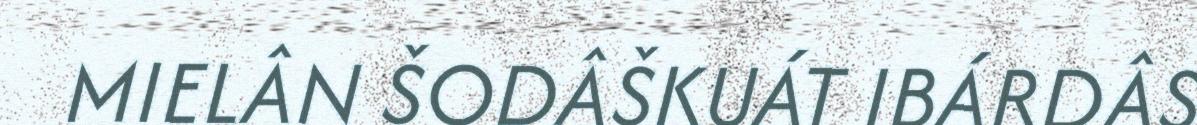
MIELÂN ŠODÂŠKUÁT IBÁRDÂS